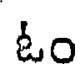
ఓం